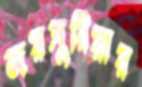
জয়সুরিয়ার